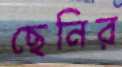
ছেনির